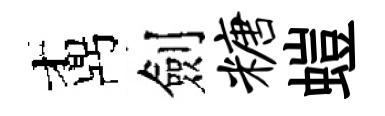
鼒劍糖螘